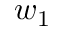
w _ { 1 }